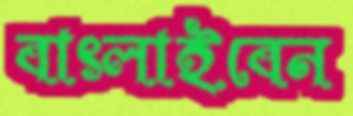
বাৎলাইবেন